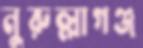
নুরুল্লাগঞ্জ